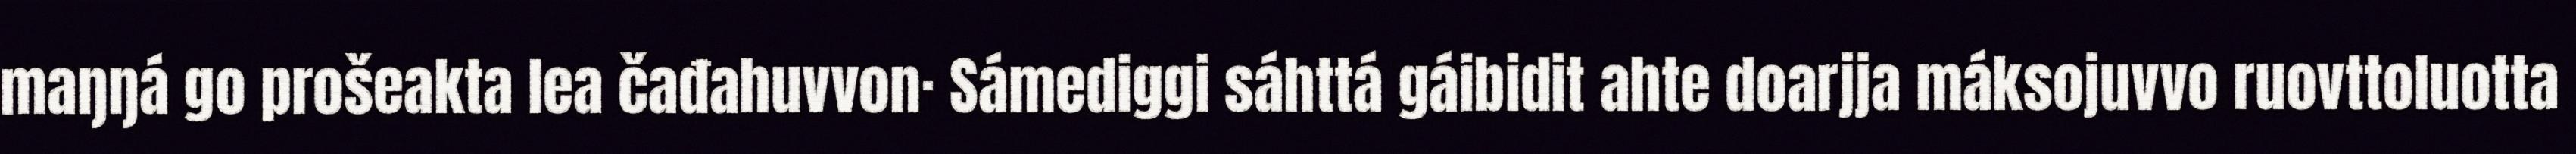
maŋŋá go prošeakta lea čađahuvvon· Sámediggi sáhttá gáibidit ahte doarjja máksojuvvo ruovttoluotta